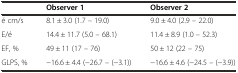
<table><thead><tr><td></td><td><b>Observer 1</b></td><td><b>Observer 2</b></td></tr></thead><tbody><tr><td>é cm/s</td><td>8.1 ± 3.0 (1.7 – 19.0)</td><td>9.0 ± 4.0 (2.9 – 22.0)</td></tr><tr><td>E/é</td><td>14.4 ± 11.7 (5.0 – 68.1)</td><td>11.4 ± 8.9 (1.0 – 52.3)</td></tr><tr><td>EF, %</td><td>49 ± 11 (17 – 76)</td><td>50 ± 12 (22 – 75)</td></tr><tr><td>GLPS, %</td><td>−16.6 ± 4.4 (−26.7 – (−3.1))</td><td>−16.6 ± 4.6 (−24.5 – (−3.9))</td></tr></tbody></table>